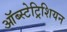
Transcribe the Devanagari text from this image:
ऑब्स्टेट्रिशियन